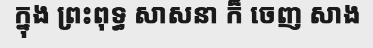
ក្នុង ព្រះពុទ្ធ សាសនា ក៏ ចេញ សាង